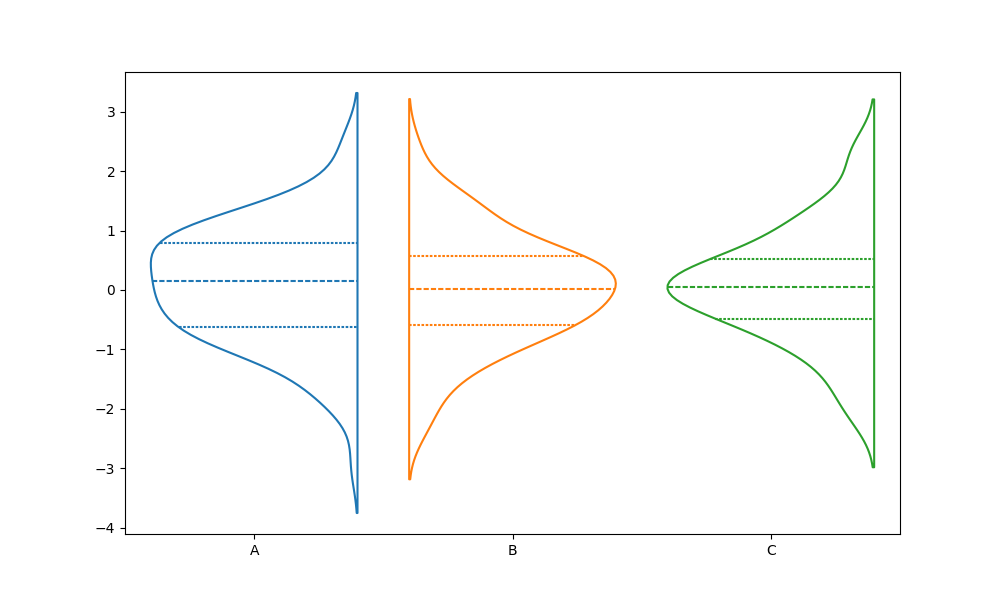
python, seaborn, violinplot, scale='area', split='True', inner='quart', fill='False'